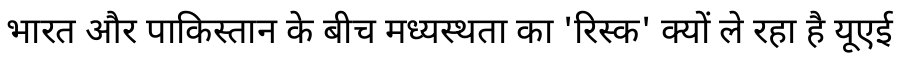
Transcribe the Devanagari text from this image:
भारत और पाकिस्तान के बीच मध्यस्थता का 'रिस्क' क्यों ले रहा है यूएई